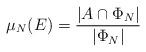
LaTeX: \begin{align*}\mu_N(E)= \dfrac{|A \cap \Phi_N|}{|\Phi_N|}\end{align*}